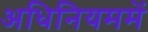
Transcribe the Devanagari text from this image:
अधिनियममें